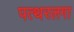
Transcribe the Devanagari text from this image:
पत्थरलगा